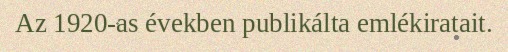
Az 1920-as években publikálta emlékiratait.